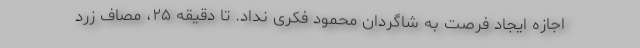
اجازه ایجاد فرصت به شاگردان محمود فکری نداد. تا دقیقه ۲۵، مصاف زرد